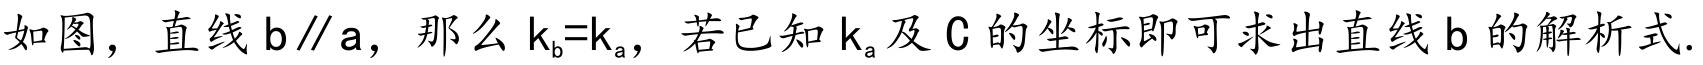
如图，直线$\mathrm{b}\parallel\mathrm{a}$，那么$k_{\mathrm{b}}{=}k_{\mathrm{a}}$，若已知$k_{\mathrm{a}}$及$\mathrm{C}$的坐标即可求出直线$\mathrm{b}$的解析式.